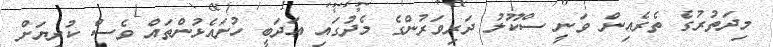
މިދަތުރުގެ ތެރެއިން ވަނީ ސްކޫލު ދަރިވަރުންގެ މެދުގައި އަދަބީ ހުށައެޅުންތައް ވެސް ކުރިޔަށް